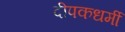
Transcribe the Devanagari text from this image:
दीपकधर्मी